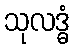
သုလဒ္ဓံ